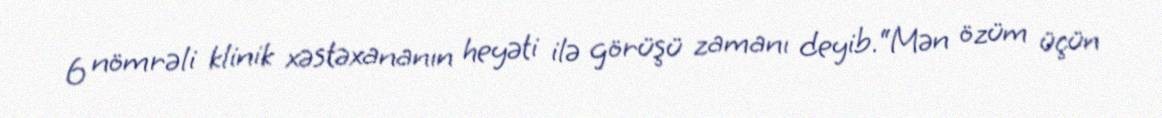
6 nömrəli klinik xəstəxananın heyəti ilə görüşü zamanı deyib.“Mən özüm üçün